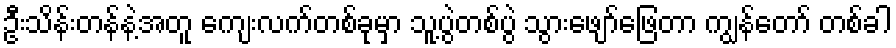
ဦးသိန်းတန်နဲ့အတူ ကျေးလက်တစ်ခုမှာ သူ့ပွဲတစ်ပွဲ သွားဖျော်ဖြေတာ ကျွန်တော် တစ်ခါ